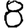
Digit: 8